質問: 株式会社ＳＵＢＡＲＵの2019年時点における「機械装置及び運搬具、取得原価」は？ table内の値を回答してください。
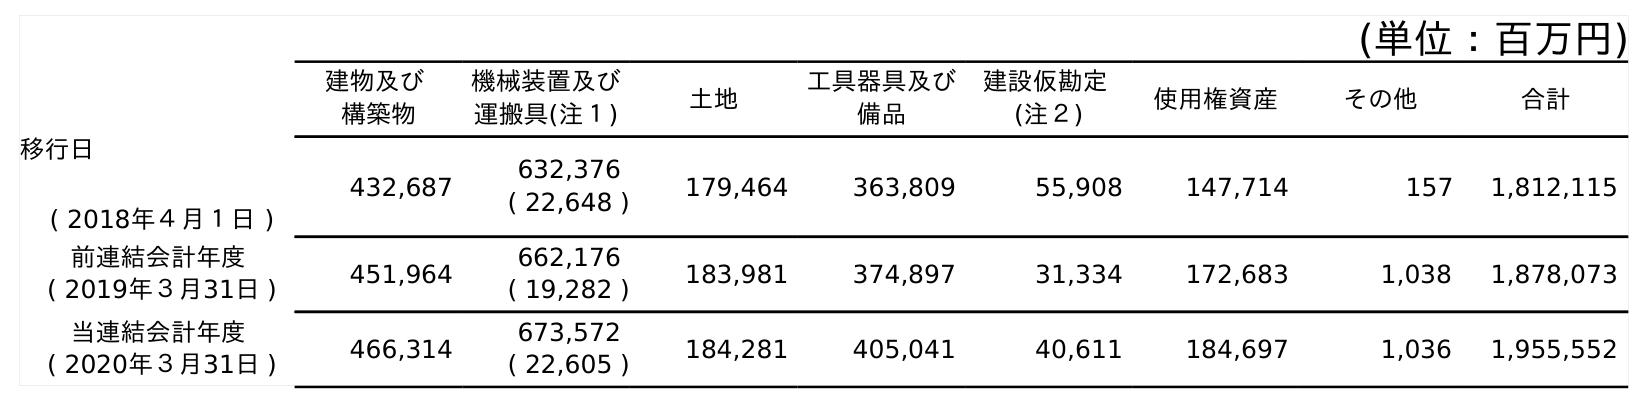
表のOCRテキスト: (単位：百万円) 建物及び 構築物 機械装置及び 運搬具(注１) 土地 工具器具及び 備品 建設仮勘定 (注２) 使用権資産 その他 合計 移行日 ( 2018年４月１日 ) 432,687 632,376 ( 22,648 ) 179,464 363,809 55,908 147,714 157 1,812,115 前連結会計年度 ( 2019年３月31日 ) 451,964 662,176 ( 19,282 ) 183,981 374,897 31,334 172,683 1,038 1,878,073 当連結会計年度 ( 2020年３月31日 ) 466,314 673,572 ( 22,605 ) 184,281 405,041 40,611 184,697 1,036 1,955,552
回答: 662,176(19,282)